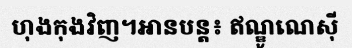
ហុងកុងវិញ។អានបន្ត៖ ឥណ្ឌូណេស៊ី